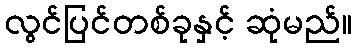
လွင်ပြင်တစ်ခုနှင့် ဆုံမည်။